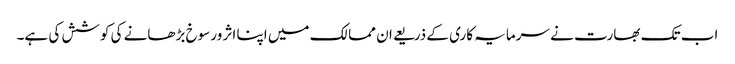
اب تک بھارت نے سرمایہ کاری کے ذریعے ان ممالک میں اپنا اثر ورسوخ بڑھانے کی کوشش کی ہے۔